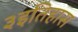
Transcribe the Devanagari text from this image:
३इतिहास